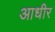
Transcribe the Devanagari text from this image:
आधीर